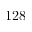
1 2 8